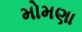
મોમણા